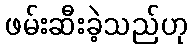
ဖမ်းဆီးခဲ့သည်ဟု